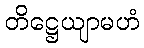
တိဋ္ဌေယျာမဟံ